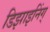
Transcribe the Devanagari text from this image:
डिझाइनिंग्